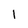
Character: 1